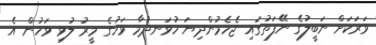
ވަރަކަށް ނަބީލުގެ ނޭފަތުގައި ޖެހެމުންދިޔަ ހުވަނދުމާ ވަހުގެ މީރު ލުވި ވަހުން އެ